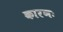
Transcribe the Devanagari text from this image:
कारणः